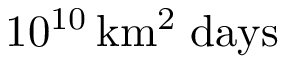
1 0 ^ { 1 0 } \, \ensuremath { \mathrm { k m ^ { 2 } \; d a y s } }